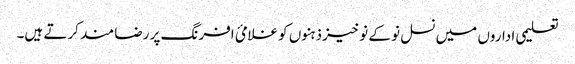
تعلیمی اداروں میں نسل نو کے نوخیز ذہنوں کو غلامئ افرنگ پر رضا مند کرتے ہیں۔